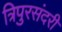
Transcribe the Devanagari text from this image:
त्रिपुरसंदरी